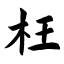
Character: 枉